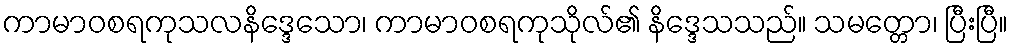
ကာမာဝစရကုသလနိဒ္ဒေသော၊ ကာမာဝစရကုသိုလ်၏ နိဒ္ဒေသသည်။ သမတ္တော၊ ပြီးပြီ။